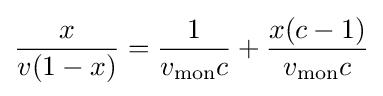
{\frac {x}{v(1-x)}}={\frac {1}{v_{\text{mon}}c}}+{\frac {x(c-1)}{v_{\text{mon}}c}}